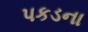
પકડના